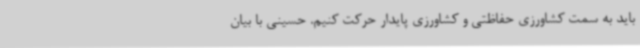
باید به سمت کشاورزی حفاظتی و کشاورزی پایدار حرکت کنیم. حسینی با بیان